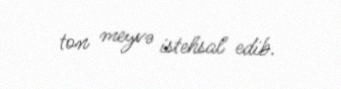
ton meyvə istehsal edib.